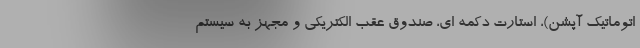
اتوماتیک آپشن)، استارت دکمه ای، صندوق عقب الکتریکی و مجهز به سیستم